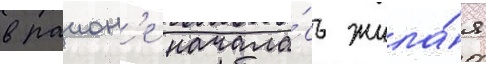
в раион'е начала́сь жила́я